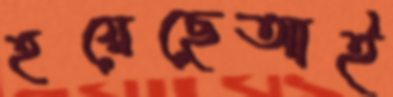
হয়েছেআই